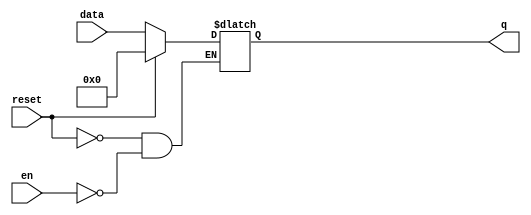
module dlatch(
data   , // Data Input
en     , // LatchInput
reset  , // Reset input - active high
q        // Q output
);
//-----------Input Ports---------------
input en, reset;
input [7:0] data;
//-----------Output Ports---------------
output reg [7:0] q;

//------------Internal Variables--------
//reg [7:0] q;

//-------------Code Starts Here---------
always @ ( en or reset or data)
if (reset) begin
  q <= 0;
end else if (en) begin
  q <= data;
end

endmodule //End Of Module dlatch_reset